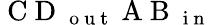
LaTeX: \mathrm{~C~D~}_{\mathrm{~o~u~t~}}\mathrm{~A~B~}_{\mathrm{~i~n~}}